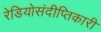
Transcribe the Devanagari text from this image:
रेडियोसंदीप्तिकारी